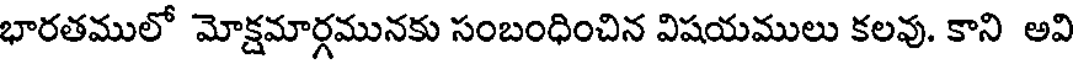
భారతములో మోక్షమార్గమునకు సంబంధించిన విషయములు కలవు. కాని అవి